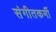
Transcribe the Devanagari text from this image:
संगीतकर्मी